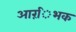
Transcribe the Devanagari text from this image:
आरंिभक